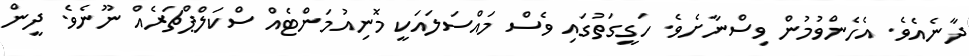
ދާނެއެވެ. އެހެންވުމުން ވިސްނާށެވެ. ހަގީގަތުގައި ވެސް މައްސަލައަކީ މޮނިއުމަންޓެއް ސްކަލްޕްޗަރެއް ނޫނެވެ. ދީން